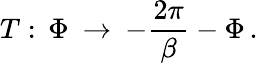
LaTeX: T:\, \Phi\: \rightarrow\: -\frac{2\pi}{\beta}-\Phi\, .